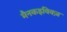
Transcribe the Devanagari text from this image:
मैनकइविक्ज़